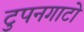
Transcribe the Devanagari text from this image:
टुपनगाटो